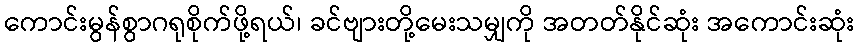
ကောင်းမွန်စွာဂရုစိုက်ဖို့ရယ်၊ ခင်ဗျားတို့မေးသမျှကို အတတ်နိုင်ဆုံး အကောင်းဆုံး